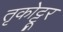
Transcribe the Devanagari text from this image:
तृकोट्टूर